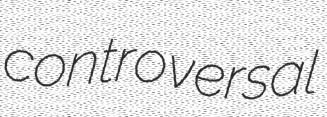
controversal